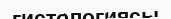
гистологиясы